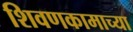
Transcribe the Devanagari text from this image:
शिवणकामाच्या